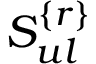
S _ { u l } ^ { \{ r \} }